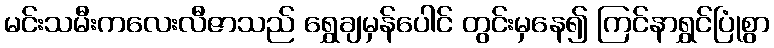
မင်းသမီးကလေးလီဇာသည် ရွှေချမှန်ပေါင် တွင်းမှနေ၍ ကြင်နာရွှင်ပြုံစွာ